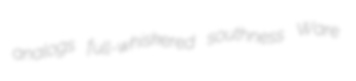
analogs full-whiskered southness Ware